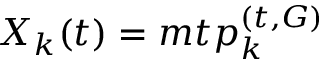
X _ { k } ( t ) = m t p _ { k } ^ { ( t , G ) }